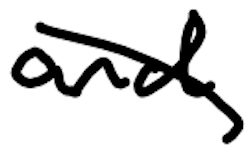
Text: and
Cross-out: diagonal
Writing tool: digital_black